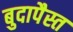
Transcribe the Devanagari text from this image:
बुदापैस्त